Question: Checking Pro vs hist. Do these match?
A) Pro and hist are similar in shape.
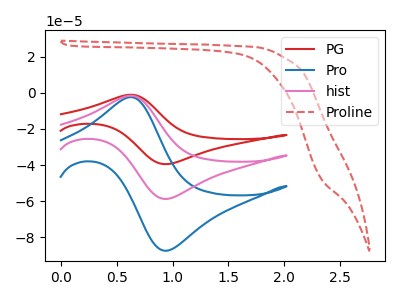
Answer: <think>The red curve "PG" has an anodic peak at (0.65V, -3.20uA) and a cathodic peak at (0.95V, -117.40uA). The blue curve "Pro" has an anodic peak at (0.65V, -2.40uA) and a cathodic peak at (0.95V, -87.35uA). The pink curve "hist" has an anodic peak at (0.65V, -1.60uA) and a cathodic peak at (0.95V, -58.70uA). The red dashed curve "Proline" has no peaks.
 All the peaks in "Pro" have a peak in "hist" at the same potential.</think>
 <answer>A) "Pro" and "hist" are similar in shape.</answer>
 <eval>A</eval>